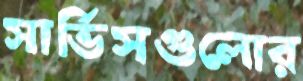
সার্ভিসগুলোর